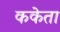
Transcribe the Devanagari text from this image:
ककेता